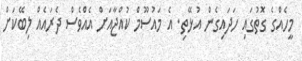
މީހެއްގެ ގޮތުގައި ހަދައިގެން އުޅޭތި. އެ މައުސޫމް ކުއްޖާއަށް އެއްވެސް ދެރައެއް ލިބޭކަށް